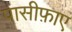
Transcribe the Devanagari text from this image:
पासीफ़ाए